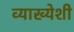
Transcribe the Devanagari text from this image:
व्याख्येशी